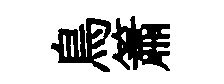
鳥簫